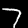
Digit: 7